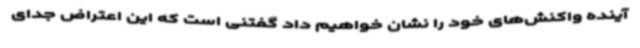
آینده واکنش‌های خود را نشان خواهیم داد گفتنی است که این اعتراض جدای